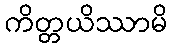
ကိတ္တယိဿာမိ